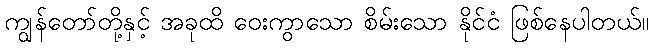
ကျွန်တော်တို့နှင့် အခုထိ ဝေးကွာသော စိမ်းသော နိုင်ငံ ဖြစ်နေပါတယ်။